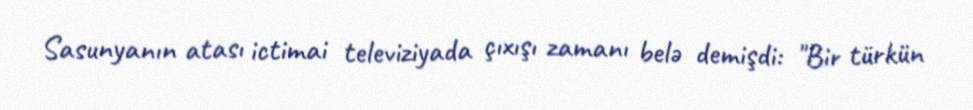
Sasunyanın atası ictimai televiziyada çıxışı zamanı belə demişdi: "Bir türkün